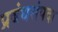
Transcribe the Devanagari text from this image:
प्रबंधसंपदा